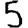
Digit: 5